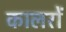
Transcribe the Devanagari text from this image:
कालरों